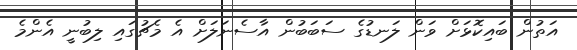
އަތުން ބައިކޮޅަށް ވަން ލަނޑުގެ ސަބަބުން އާސެނަލަށް އެ މެޗުގައި ލިބުނީ އެންމެ